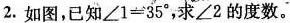
2.如图，已知$$∠ 1 = 3 5 °$$，求∠2的度数。